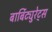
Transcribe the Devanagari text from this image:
बार्बिट्युरेट्स